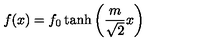
f ( x ) = f _ { 0 } \tanh \left( { \frac { m } { \sqrt { 2 } } } x \right)